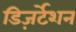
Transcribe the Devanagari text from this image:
डिज़र्टेशन